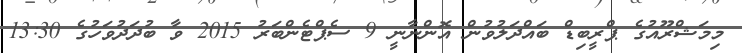
މިމަޝްރޫއުގެ ޕްރީބިޑް ބައްދަލުވުން އޮންނާނީ 9 ސެޕްޓެންބަރު 2015 ވާ ބުދަދުވަހުގެ 13:30